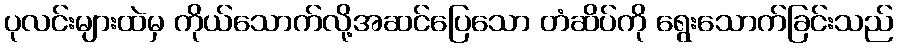
ပုလင်းများထဲမှ ကိုယ်သောက်လို့အဆင်ပြေသော တံဆိပ်ကို ရွေးသောက်ခြင်းသည်